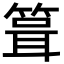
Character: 箿